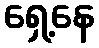
ရှေ့နေ